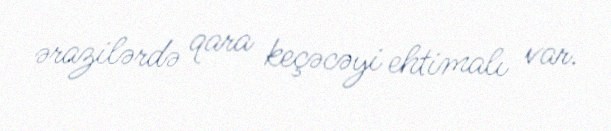
ərazilərdə qara keçəcəyi ehtimalı var.